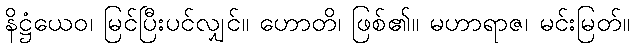
နိဋ္ဌံယေဝ၊ မြင်ပြီးပင်လျှင်။ ဟောတိ၊ ဖြစ်၏။ မဟာရာဇ၊ မင်းမြတ်။